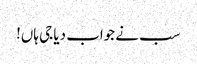
سب نے جواب دیا جی ہاں!